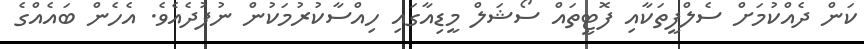
ކަން ދެއްކުމަށް ސެލްފީތަކާއި ފޮޓީތައް ސޯޝަލް މީޑިއާގައި ހިއްސާކުރުމަކުން ނުފުދެއެވެ. އެހެން ބައެއްގެ